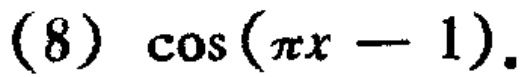
(8) \(\cos(\pi x - 1)\)